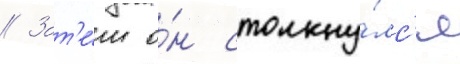
// Зат'е́м о́н столкну́лс'я